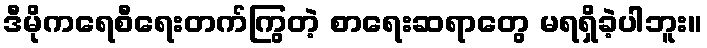
ဒီမိုကရေစီရေးတက်ကြွတဲ့ စာရေးဆရာတွေ မရရှိခဲ့ပါဘူး။